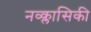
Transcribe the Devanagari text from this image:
नव्क्लासिकी